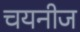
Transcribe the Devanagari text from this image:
चयनीज